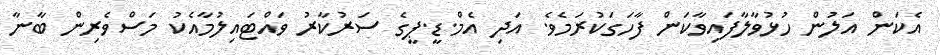
އެކަން އަލުން ހުޅުވާލާފައިވާކަން ފާހަގަކުރަމެވެ. އަދި އެމް.ޑީ.ޕީގެ ސަރުކާރު ވައްޓައިލުމާއެކު މަސްވެރިން ބާނާ